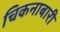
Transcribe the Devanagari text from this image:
चिकनाबारी